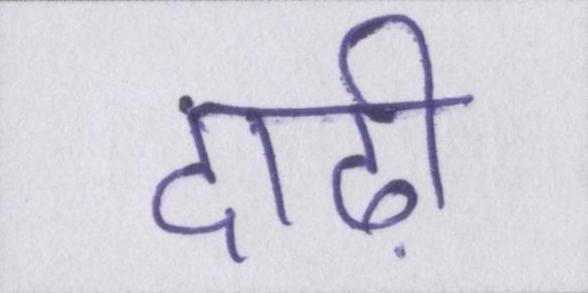
दाढ़ी